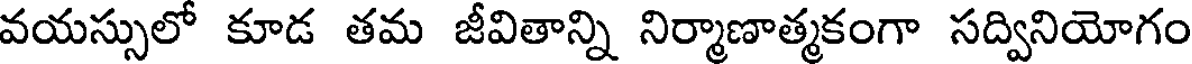
వయస్సులో కూడ తమ జీవితాన్ని నిర్మాణాత్మకంగా సద్వినియోగం